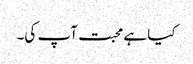
کیا ہے محبت آپ کی۔